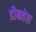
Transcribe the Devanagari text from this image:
डौनवेल